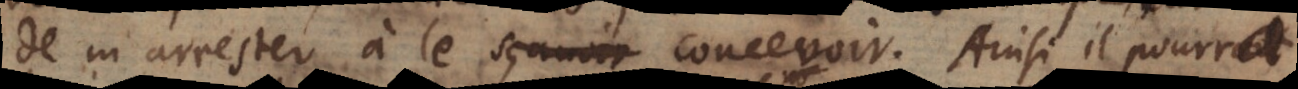
de m’arrester à le sçavoir concevoir. Ainsi il pourra